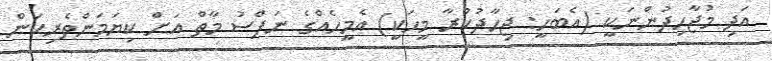
އަދި މުޖާހިދުންނަކީ (އެބަހީ: ޖިހާދުކުރާ މީހަކީ) އެމީހެއްގެ ނަފްސު މާތް އަށް ކިޔަމަންތެރިކަން